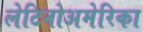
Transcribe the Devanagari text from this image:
लेटिनोअमेरिका